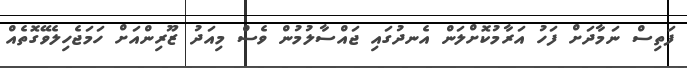
ފަތިސް ނަމާދަށް ފަހު އަރާމުކޮށްލަން އެނދުގައި ޖައްސާލުމުން ވެސް މިއަދު ޒޫރިންއަށް ހަމަޖެހިލެވޭގޮތެއް